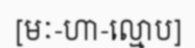
[មៈ-ហា-ល្មោប]